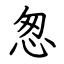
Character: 怱